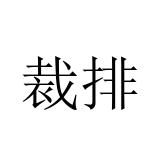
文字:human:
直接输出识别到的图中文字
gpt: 裁排